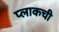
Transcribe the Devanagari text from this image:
प्लाकची